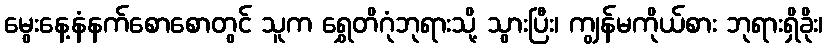
မွေးနေ့နံနက်စောစောတွင် သူက ရွှေတိဂုံဘုရားသို့ သွားပြီး၊ ကျွန်မကိုယ်စား ဘုရားရှိခိုး၊